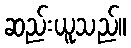
ဆည်းယူသည်။